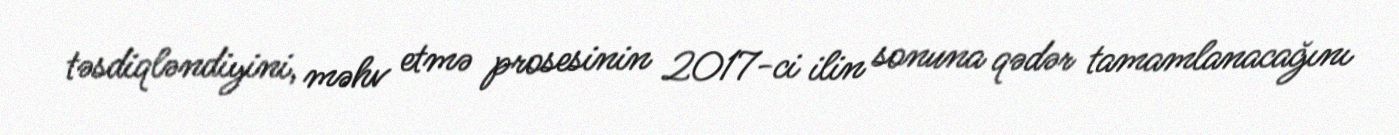
təsdiqləndiyini, məhv etmə prosesinin 2017-ci ilin sonuna qədər tamamlanacağını